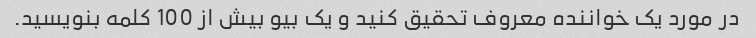
در مورد یک خواننده معروف تحقیق کنید و یک بیو بیش از 100 کلمه بنویسید.